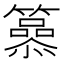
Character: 𥶟